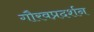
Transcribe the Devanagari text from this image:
गौरवप्रदर्शन